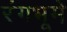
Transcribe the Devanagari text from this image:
रंगभूमे